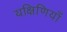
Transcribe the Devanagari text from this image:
यक्षिणियाँ